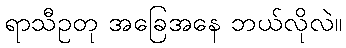
ရာသီဥတု အခြေအနေ ဘယ်လိုလဲ။